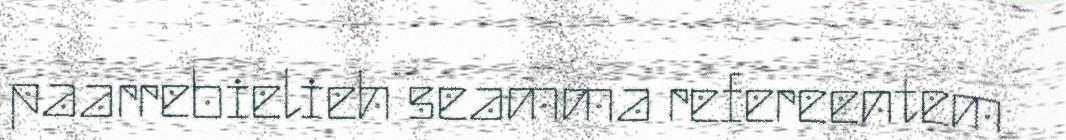
paarrebielieh seamma refereentem